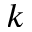
k